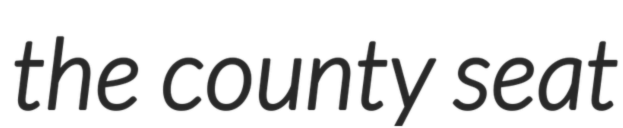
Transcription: the county seat